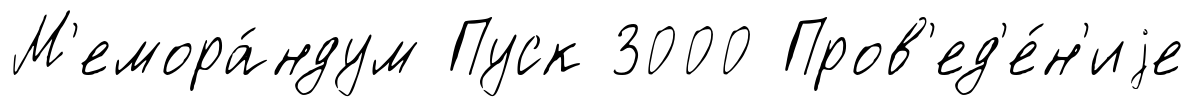
М'емора́ндум Пуск 3000 Пров'ед'е́н'иjе